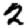
Digit: 2